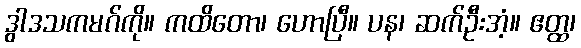
ဒွါဒသကမဂ်ကို။ ကထိတော၊ ဟောပြီ။ ပန၊ ဆက်ဦးအံ့။ ဧတ္ထ၊